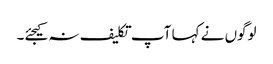
لوگوں نے کہا آپ تکلیف نہ کیجئے۔